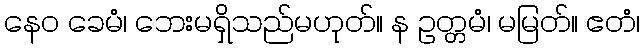
နေဝ ခေမံ၊ ဘေးမရှိသည်မဟုတ်။ န ဥတ္တမံ၊ မမြတ်။ ဧတံ၊